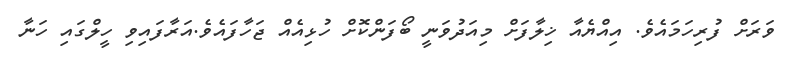
ވަރަށް ފުރިހަމައެވެ. އިއްޔެއާ ޚިލާފަށް މިއަދުވަނީ ބޯފަންކޮށް ހުޅިއެއް ޖަހާފައެވެ.އަރާފައިވި ހީލްގައި ހަނާ